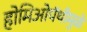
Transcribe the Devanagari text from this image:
होमिओपॅथीमुळे